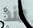
منذ